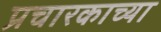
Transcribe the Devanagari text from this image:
प्रचारकाच्या